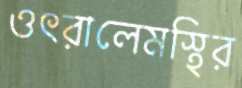
ওৎরালেমস্থির